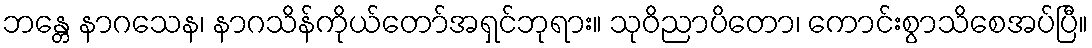
ဘန္တေ နာဂသေန၊ နာဂသိန်ကိုယ်တော်အရှင်ဘုရား။ သုဝိညာပိတော၊ ကောင်းစွာသိစေအပ်ပြီ။